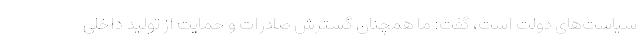
سیاست‌های دولت است، گفت: ما همچنان گسترش صادرات و حمایت از تولید داخلی